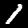
Label: 1